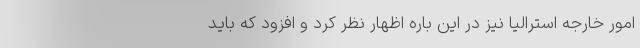
امور خارجه استرالیا نیز در این باره اظهار نظر کرد و افزود که باید